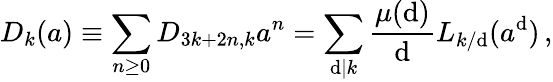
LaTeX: D_{k}(a)\equiv\sum_{n\ge0}D_{3k+2n,k}a^{n}=\sum_{\mathrm{d}|k}\frac{{\mu(\mathrm{d})}}{{\mathrm{d}}}L_{k/\mathrm{d}}(a^{\mathrm{d}})\, ,